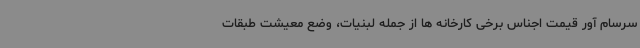
سرسام آور قیمت اجناس برخی کارخانه ها از جمله لبنیات، وضع معیشت طبقات